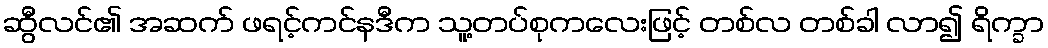
ဆွီလင်၏ အဆက် ဖရင့်ကင်နဒီက သူ့တပ်စုကလေးဖြင့် တစ်လ တစ်ခါ လာ၍ ရိက္ခာ